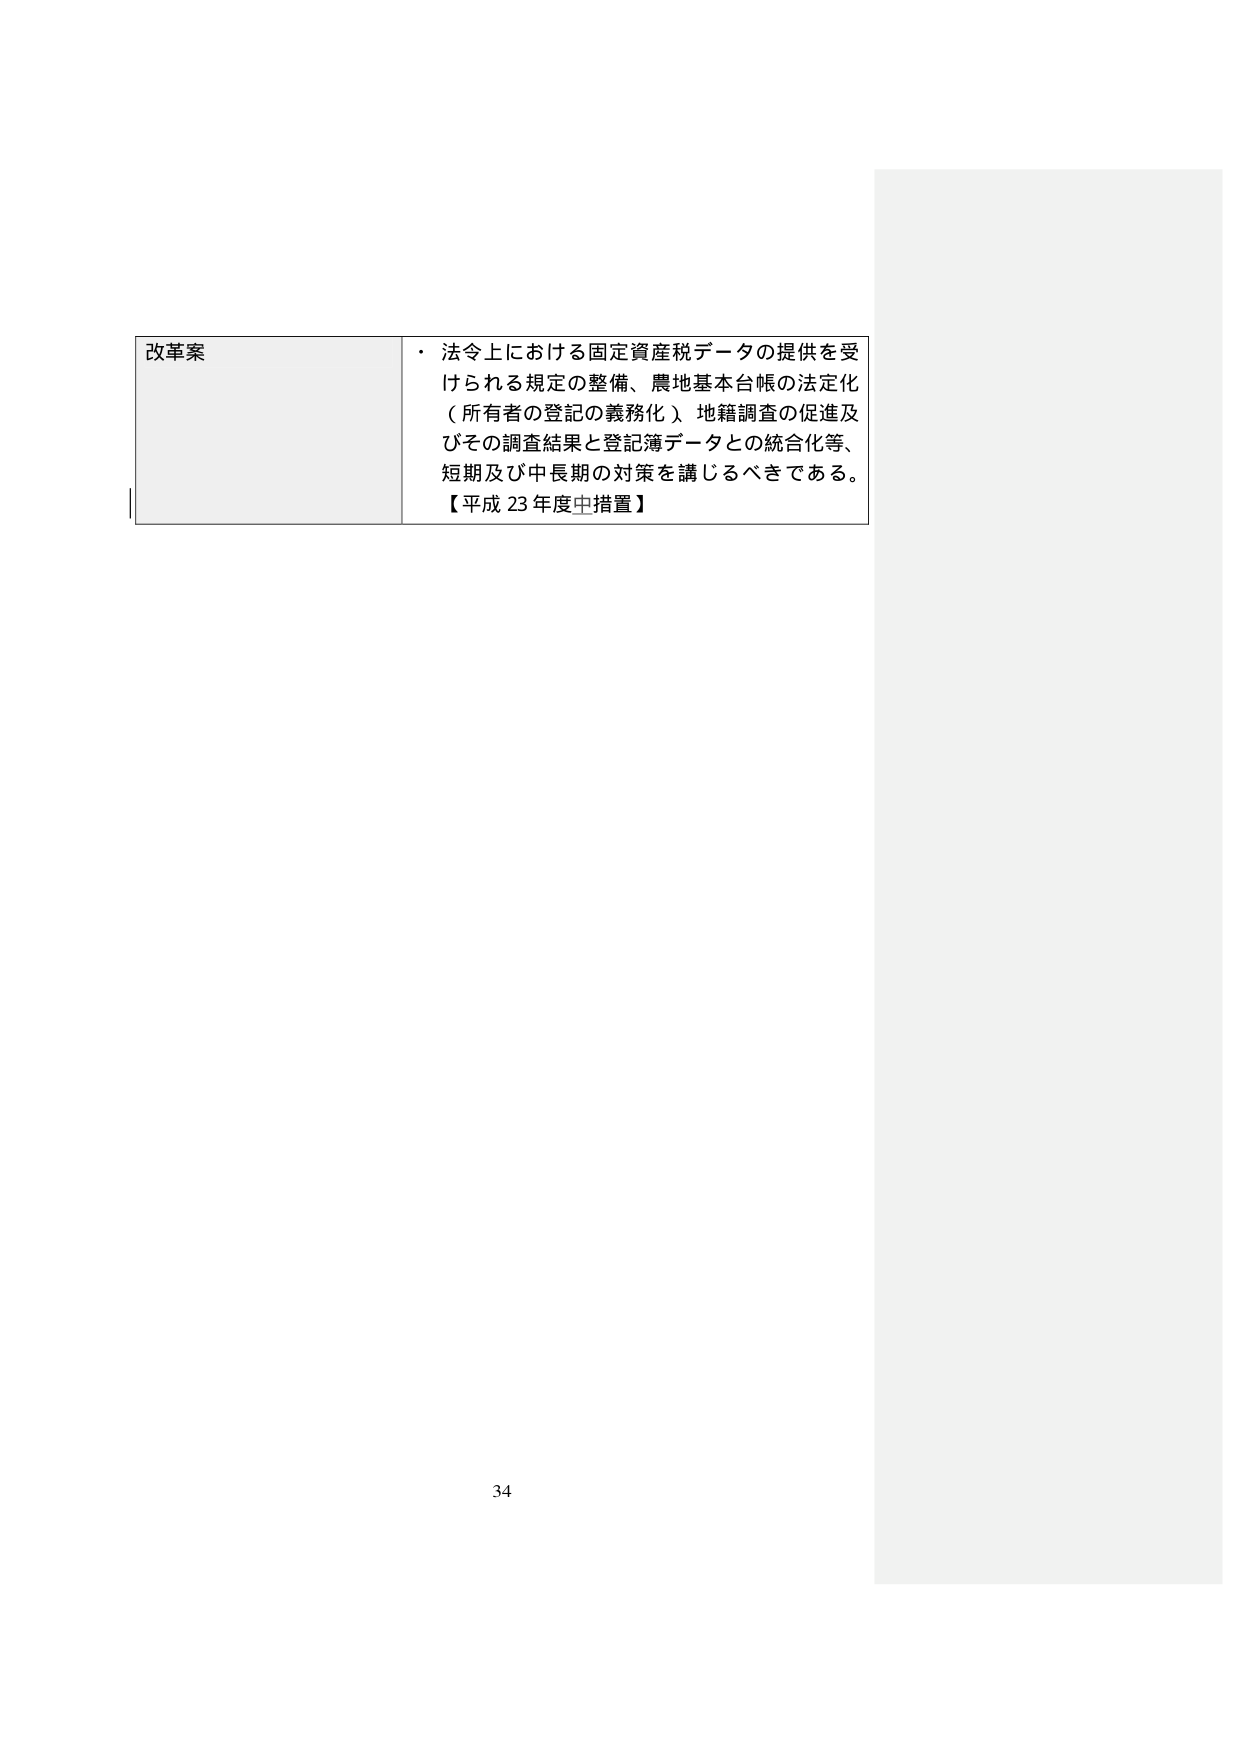
改革案
・ 法令上における固定資産税データの提供を受けられる規定の整備、農地基本台帳の法定化（所有者の登記の義務化）地籍調査の促進及びその調査結果と登記簿データとの統合化等、短期及び中長期の対策を講じるべきである。
【平成 23 年度中措置】
34